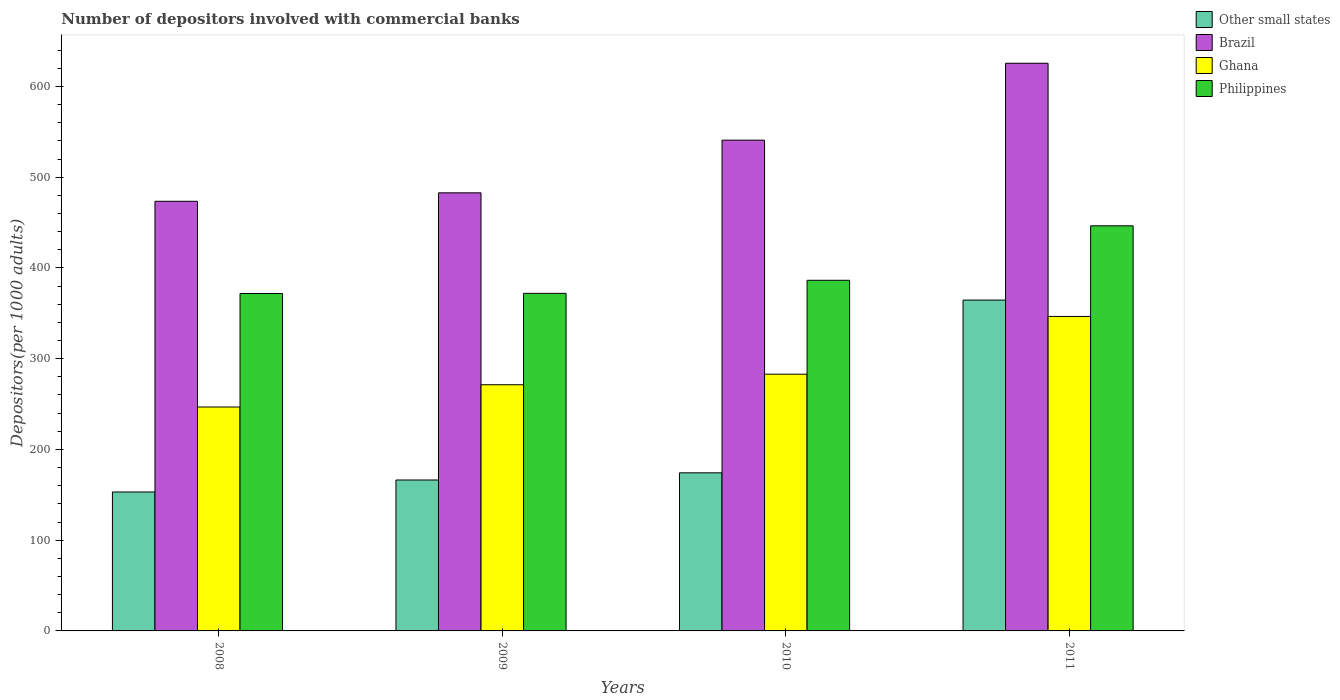
| Years | Other small states | Brazil | Ghana | Philippines |
 | --- | --- | --- | --- | --- |
 | 2008 | 153 | 473 | 247 | 372 |
 | 2009 | 166 | 483 | 271 | 372 |
 | 2010 | 174 | 541 | 283 | 386 |
 | 2011 | 365 | 626 | 347 | 446 |